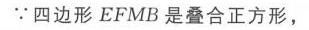
\(\because\)四边形\(EFMB\)是叠合正方形，